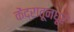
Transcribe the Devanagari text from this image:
केंद्रातूनधूर